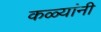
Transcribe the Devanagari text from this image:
कळ्यांनी